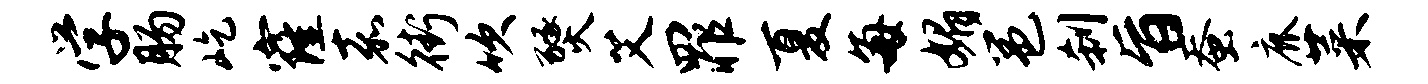
学肠屹窿嘉街吹燹艾罪夏每媚邕刹旨蚕鹿菜